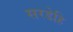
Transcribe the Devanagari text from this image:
सरडेहि